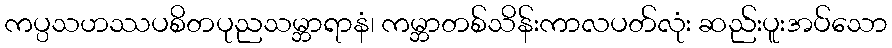
ကပ္ပသဟဿပစိတပုညသမ္ဘာရာနံ၊ ကမ္ဘာတစ်သိန်းကာလပတ်လုံး ဆည်းပူးအပ်သော